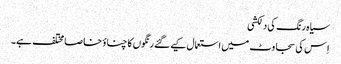
سیاہ رنگ کی دلکشی
اِس کی سجاوٹ میں استعمال کیے گئے رنگوں کا چناؤ خاصا مختلف ہے۔